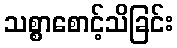
သစ္စာစောင့်သိခြင်း